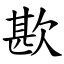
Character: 歁